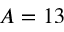
A = 1 3